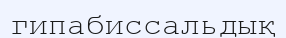
гипабиссальдық